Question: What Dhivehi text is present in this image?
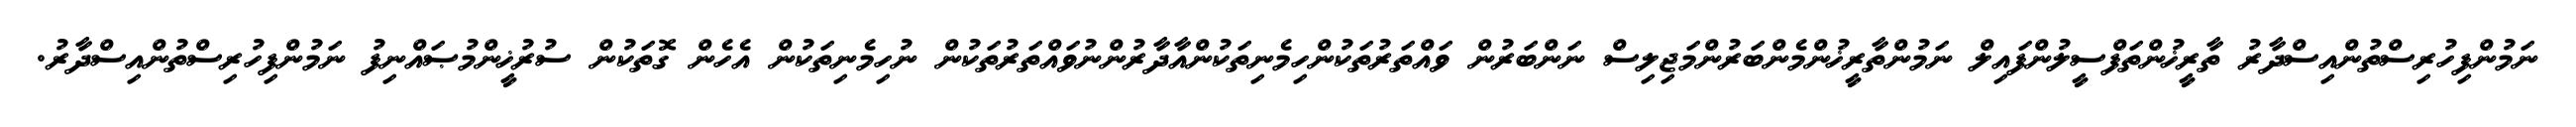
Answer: ނަމުންފިހުރިސްތުންއިސްދާރު ތާރީޚުންތަފްސީލުންފައިލް ނަމުންތާރީޚުންމެންބަރުންމަޖިލިސް ނަންބަރުން ވައްތަރުތަކުންހިމެނިތަކުންއާދާރުންނުވައްތަރުތަކުން ނުހިމެނިތަކުން އެހެން ގޮތަކުން ސުރުޚީންމުޞައްނިފު ނަމުންފިހުރިސްތުންއިސްދާރު.